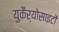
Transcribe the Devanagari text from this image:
युकैर्योसाइटों